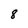
Character: 8